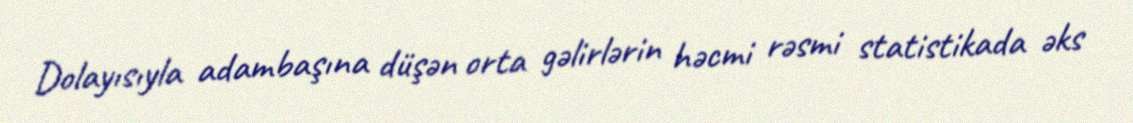
Dolayısıyla adambaşına düşən orta gəlirlərin həcmi rəsmi statistikada əks